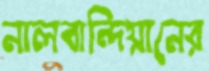
নালবান্দিয়ানের